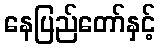
နေပြည်တော်နှင့်